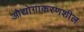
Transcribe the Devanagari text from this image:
औद्योगाकरणशील